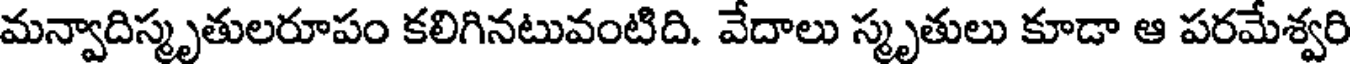
మన్వాదిస్మృతులరూపం కలిగినటువంటిది. వేదాలు స్మృతులు కూడా ఆ పరమేశ్వరి